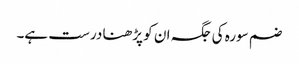
ضم سورہ کی جگہ ان کو پڑھنا درست ہے۔